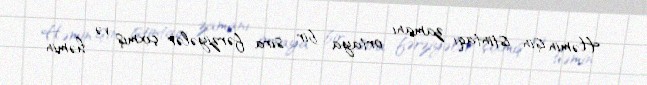
Həmin işin istintaqı zamanı ortaya bir sıra fərziyələr çıxmış və həmin